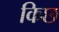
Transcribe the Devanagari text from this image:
किछ